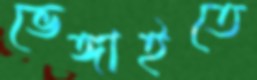
ভেঙ্গাইতে